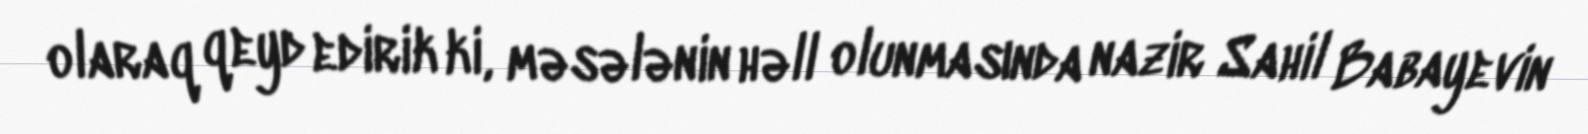
olaraq qeyd edirik ki, məsələnin həll olunmasında nazir Sahil Babayevin